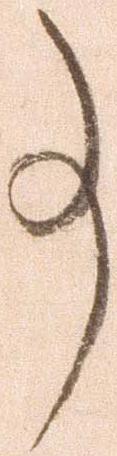
事